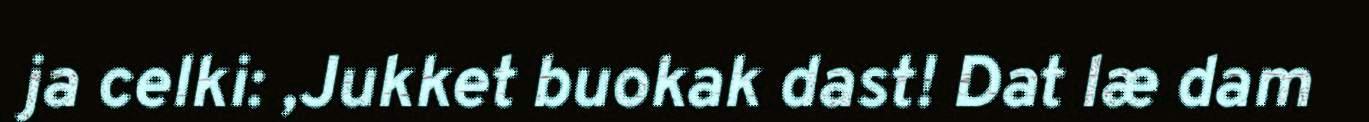
ja celki: ,Jukket buokak dast! Dat læ dam